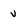
Character: v